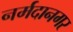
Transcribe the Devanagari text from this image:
नर्मदानगर